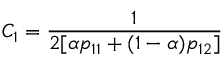
C _ { 1 } = \frac { 1 } { 2 [ \alpha p _ { 1 1 } + ( 1 - \alpha ) p _ { 1 2 } ] }